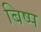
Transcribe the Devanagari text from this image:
बिष्प